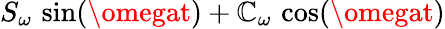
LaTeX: S_{\omega}\, \sin(\omegat)+\mathbb{C}_{\omega}\, \cos(\omegat)